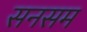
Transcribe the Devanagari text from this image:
सनसम